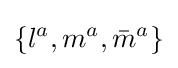
\{l^{a},m^{a},{\bar {m}}^{a}\}